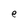
Character: e